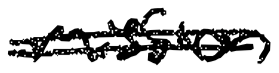
Text: mission
Cross-out: mix
Writing tool: digital_black